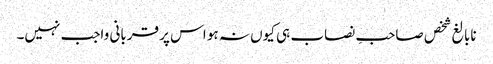
نابالغ شخص صاحبِ نصاب ہی کیوں نہ ہو اس پر قربانی واجب نہیں۔